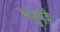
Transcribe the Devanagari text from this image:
धनुषहै